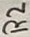
Text: R2